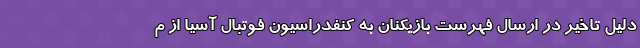
دلیل تاخیر در ارسال فهرست بازیکنان به کنفدراسیون فوتبال آسیا از م